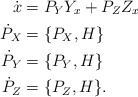
\begin{align*} \dot{x} & = P_Y Y_x + P_Z Z_x \\ \dot{P}_X & = \{ P_X, H \} \\ \dot{P}_Y & = \{ P_Y, H \} \\ \dot{P}_Z & = \{ P_Z, H \}.\end{align*}